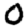
Digit: 0